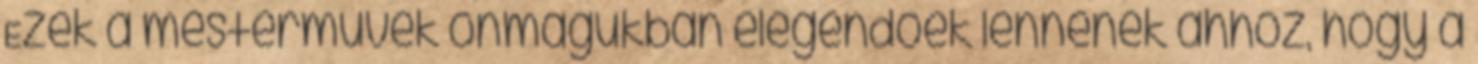
Ezek a mesterművek önmagukban elegendőek lennének ahhoz, hogy a